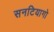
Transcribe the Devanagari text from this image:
सनटियागो